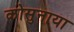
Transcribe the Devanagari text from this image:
कोसुनाया